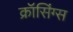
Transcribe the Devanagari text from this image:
क्रॉसिंग्स